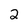
Character: 2